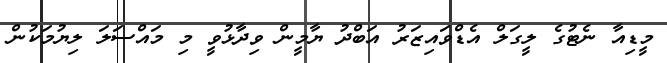
މީޑިއާ ނެޓުގެ ލީގަލް އެޑްވައިޒަރު އަބްދު ޔާމީން ވިދާޅުވީ މި މައްސަލަ ލިޔުމަކުން